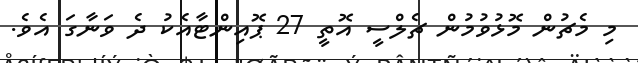
މި މެޗުން މޮޅުވުމުން ޗެލްސީ އޮތީ 27 ޕޮއިންޓާއެކު ދެ ވަނާގަ އެވެ.